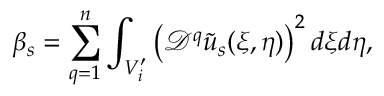
\beta _ { s } = \sum _ { q = 1 } ^ { n } \int _ { V _ { i } ^ { \prime } } \left( \mathcal { D } ^ { q } \tilde { u } _ { s } ( \xi , \eta ) \right) ^ { 2 } d \xi d \eta ,